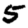
Digit: 5